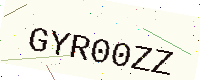
Text: GYR00ZZ